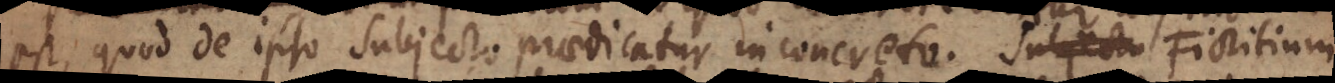
est, quod de ipso subjecto praedicatur in concreto. Subjectu Fictitium